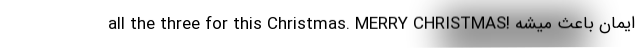
all the three for this Christmas. MERRY CHRISTMAS! ایمان باعث میشه